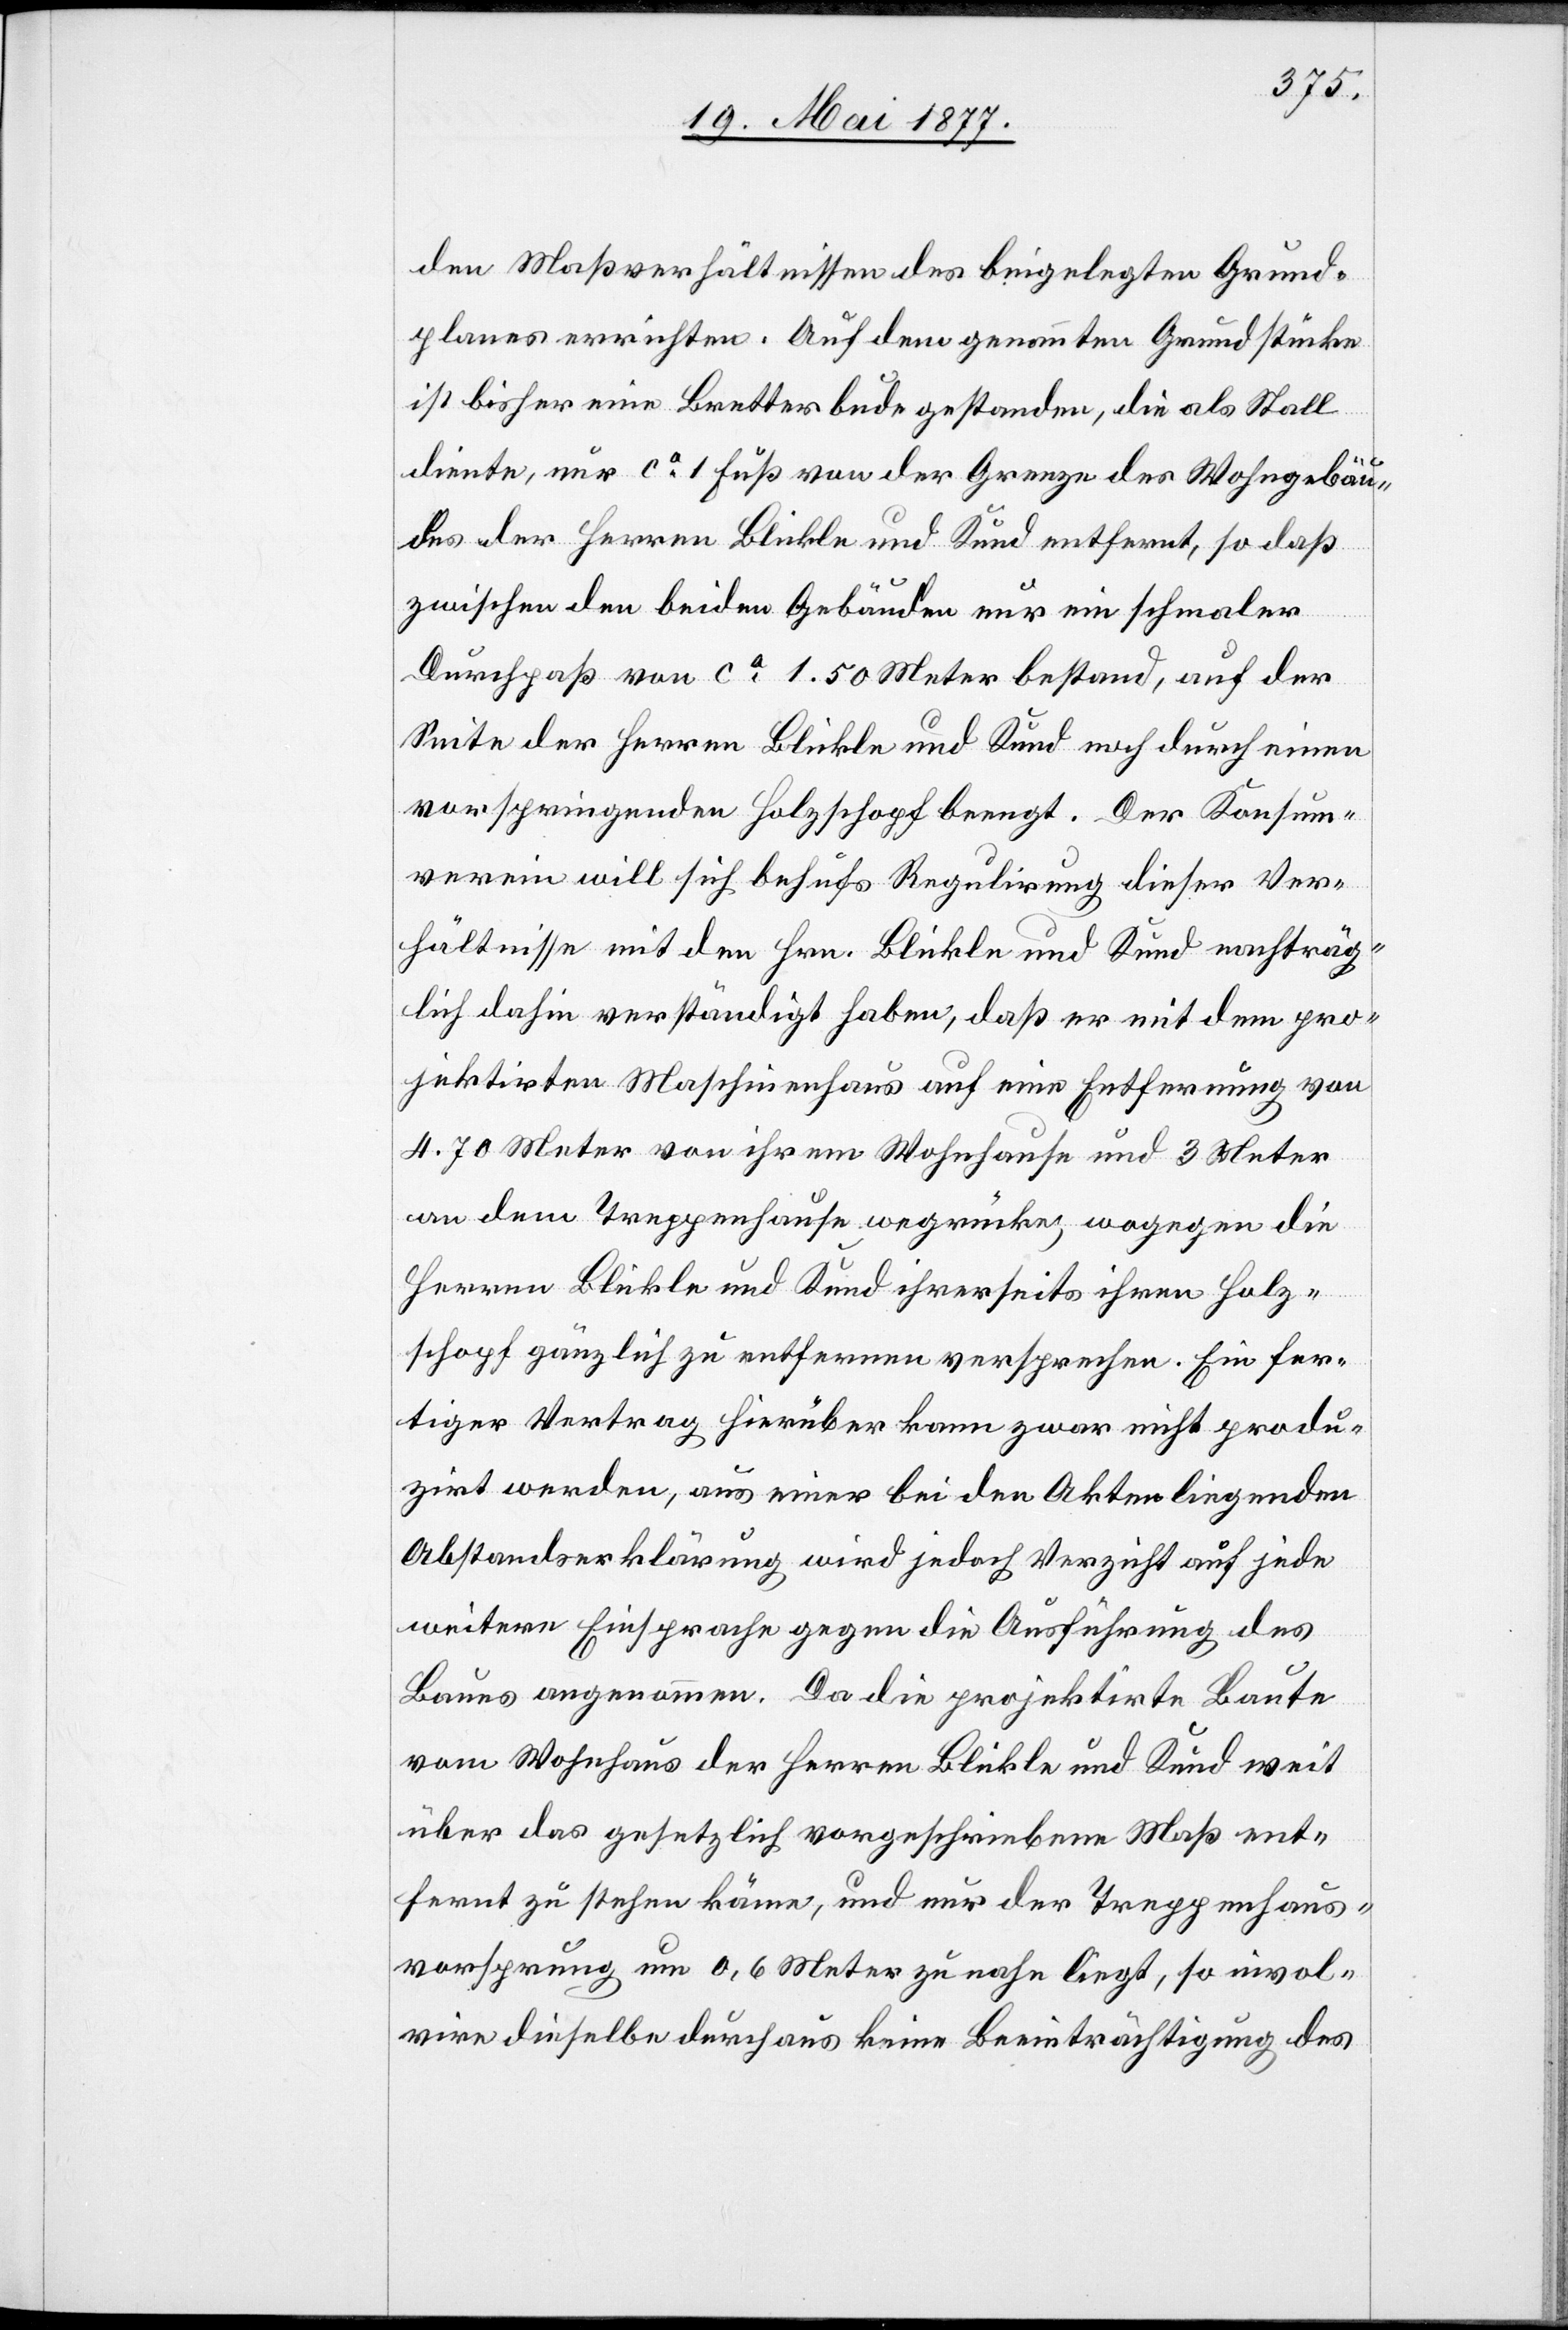
den Maßverhältnissen des beigelegten Grund¬
planes errichten. Auf dem genannten Grundstücke
ist bisher eine Bretterbude gestanden, die als Stall
diente, nur ca 1 Fuß von der Grenze des Wohngebäu¬
des der Herren Blickle und Kund entfernt, so daß
zwischen den beiden Gebäuden nur ein schmaler
Durchlaß von ca 1.50 Meter bestand, auf der
Seite der Herren Blickle und Kund noch durch einen
vorspringenden Holzschopf beengt. Der Konsum¬
verein will sich behufs Regulirung dieser Ver¬
hältnisse mit den Hrn. Blickle und Kund nachträg¬
lich dahin verständigt haben, daß er mit dem pro¬
jektirten Maschinenhaus auf eine Entfernung von
4.70 Meter von ihrem Wohnhause und 3 Meter
an dem Treppenhause wegrücke, wogegen die
Herren Blickle und Kund ihrerseits ihren Holz¬
schopf gänzlich zu entfernen versprechen. Ein fer¬
tiger Vertrag hierüber kann zwar nicht produ¬
zirt werden, aus einer bei den Akten liegenden
Abstandserklärung wird jedoch der Verzicht auf jede
weitere Einsprache gegen die Ausführung des
Baues angenommen. Da die projektirte Baute
vom Wohnhaus der Herren Blickle und Kund weit
über das gesetzlich vorgeschriebene Maß ent¬
fernt zu stehen käme, und nur der Treppenhaus¬
vorsprung um 0,6 Meter zu nahe liegt, so invol¬
vire dieselbe durchaus keine Beeinträchtigung des